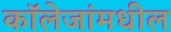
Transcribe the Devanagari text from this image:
कॉलेजांमधील